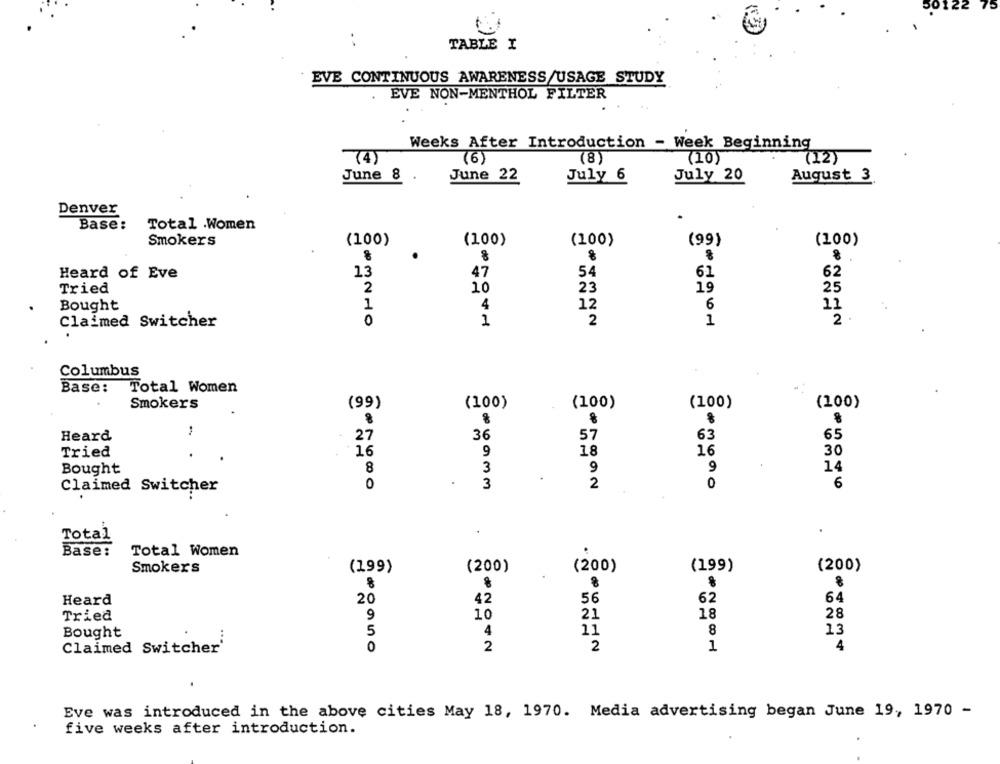
TABLE I
EVE CONTINUOUS AWARENESS/USAGE STUDY
EVE NON-MENTHOL FILTER
Weeks After Introduction - Week Beginning
(4)
(6)
(8)
(10)
(12)
June 8
June 22
July 6
July 20
August 3
Denver
Base:
Total .Women
Smokers
(100)
(100)
(100)
(99)
(100)
Heard of Eve
13
47
54
61
62
Tried
2
10
23
19
25
1
4
12
6
11
Bought
0
1
2
1
2
Claimed Switcher
Columbus
Base: Total Women
Smokers
(99)
(100)
(100)
(100)
(100)
Heard
36
57
63
65
27
Tried
16
9
18
16
30
8
3
9
9
14
Bought
Claimed Switcher
0
3
2
0
6
Total
Base:
Total Women
Smokers
(199)
(200)
(200)
(199)
(200)
de
Heard
20
42
56
62
64
Tried
9
10
21
18
28
Bought
5
4
11
8
13
Claimed Switcher'
0
2
2
1
4
Eve was introduced in the above cities May 18, 1970. Media advertising began June 19, 1970 -
five weeks after introduction.